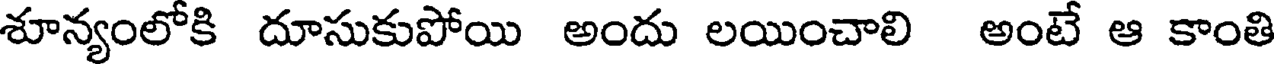
శూన్యంలోకి దూసుకుపోయి అందు లయించాలి అంటే ఆ కాంతి